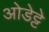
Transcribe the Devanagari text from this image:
ओडेट्टे